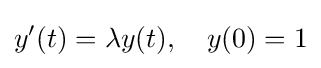
y'(t)=\lambda y(t),\quad y(0)=1